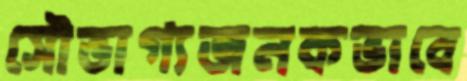
সৌভাগ্যজনকভাবে